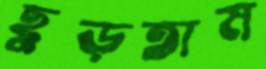
ছুড়তাম